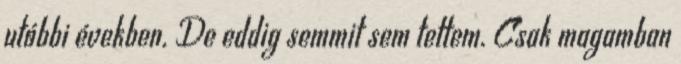
utóbbi években. De eddig semmit sem tettem. Csak magamban